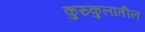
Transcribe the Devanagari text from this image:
कुरुकुलातील